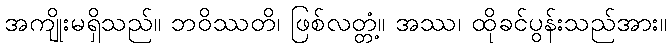
အကျိုးမရှိသည်။ ဘဝိဿတိ၊ ဖြစ်လတ္တံ့။ အဿ၊ ထိုခင်ပွန်းသည်အား။